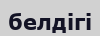
белдігі